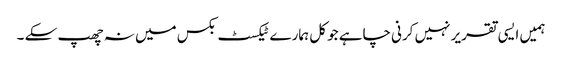
ہمیں ایسی تقریر نہیں کرنی چاہے جو کل ہمارے ٹیکسٹ بکس میں نہ چھپ سکے ۔